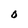
Character: 0